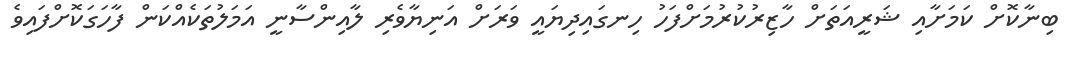
ބިނާކޮށް ކަމަށާއި ޝަރީއަތަށް ހާޒިރުކުރުމަށްފަހު ހިނގައިދިޔައީ ވަރަށް އަނިޔާވެރި ލާއިންސާނީ އަމަލުތަކެއްކަން ފާހަގަކޮށްފައިވެ